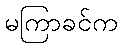
မကြာခင်က